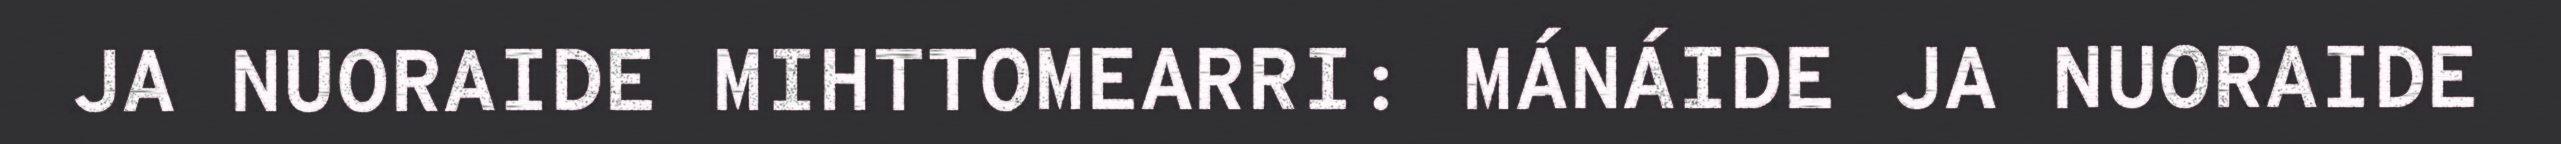
JA NUORAIDE MIHTTOMEARRI: MÁNÁIDE JA NUORAIDE